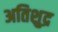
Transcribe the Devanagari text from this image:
अतिशुद्र